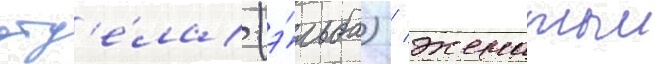
отд'е́ла (э́льба) / женатыи